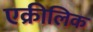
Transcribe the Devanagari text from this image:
एक्रीलिक